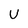
Character: U